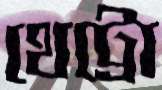
থেট্রো